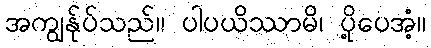
အကျွန်ုပ်သည်။ ပါပယိဿာမိ၊ ပို့ပေအံ့။